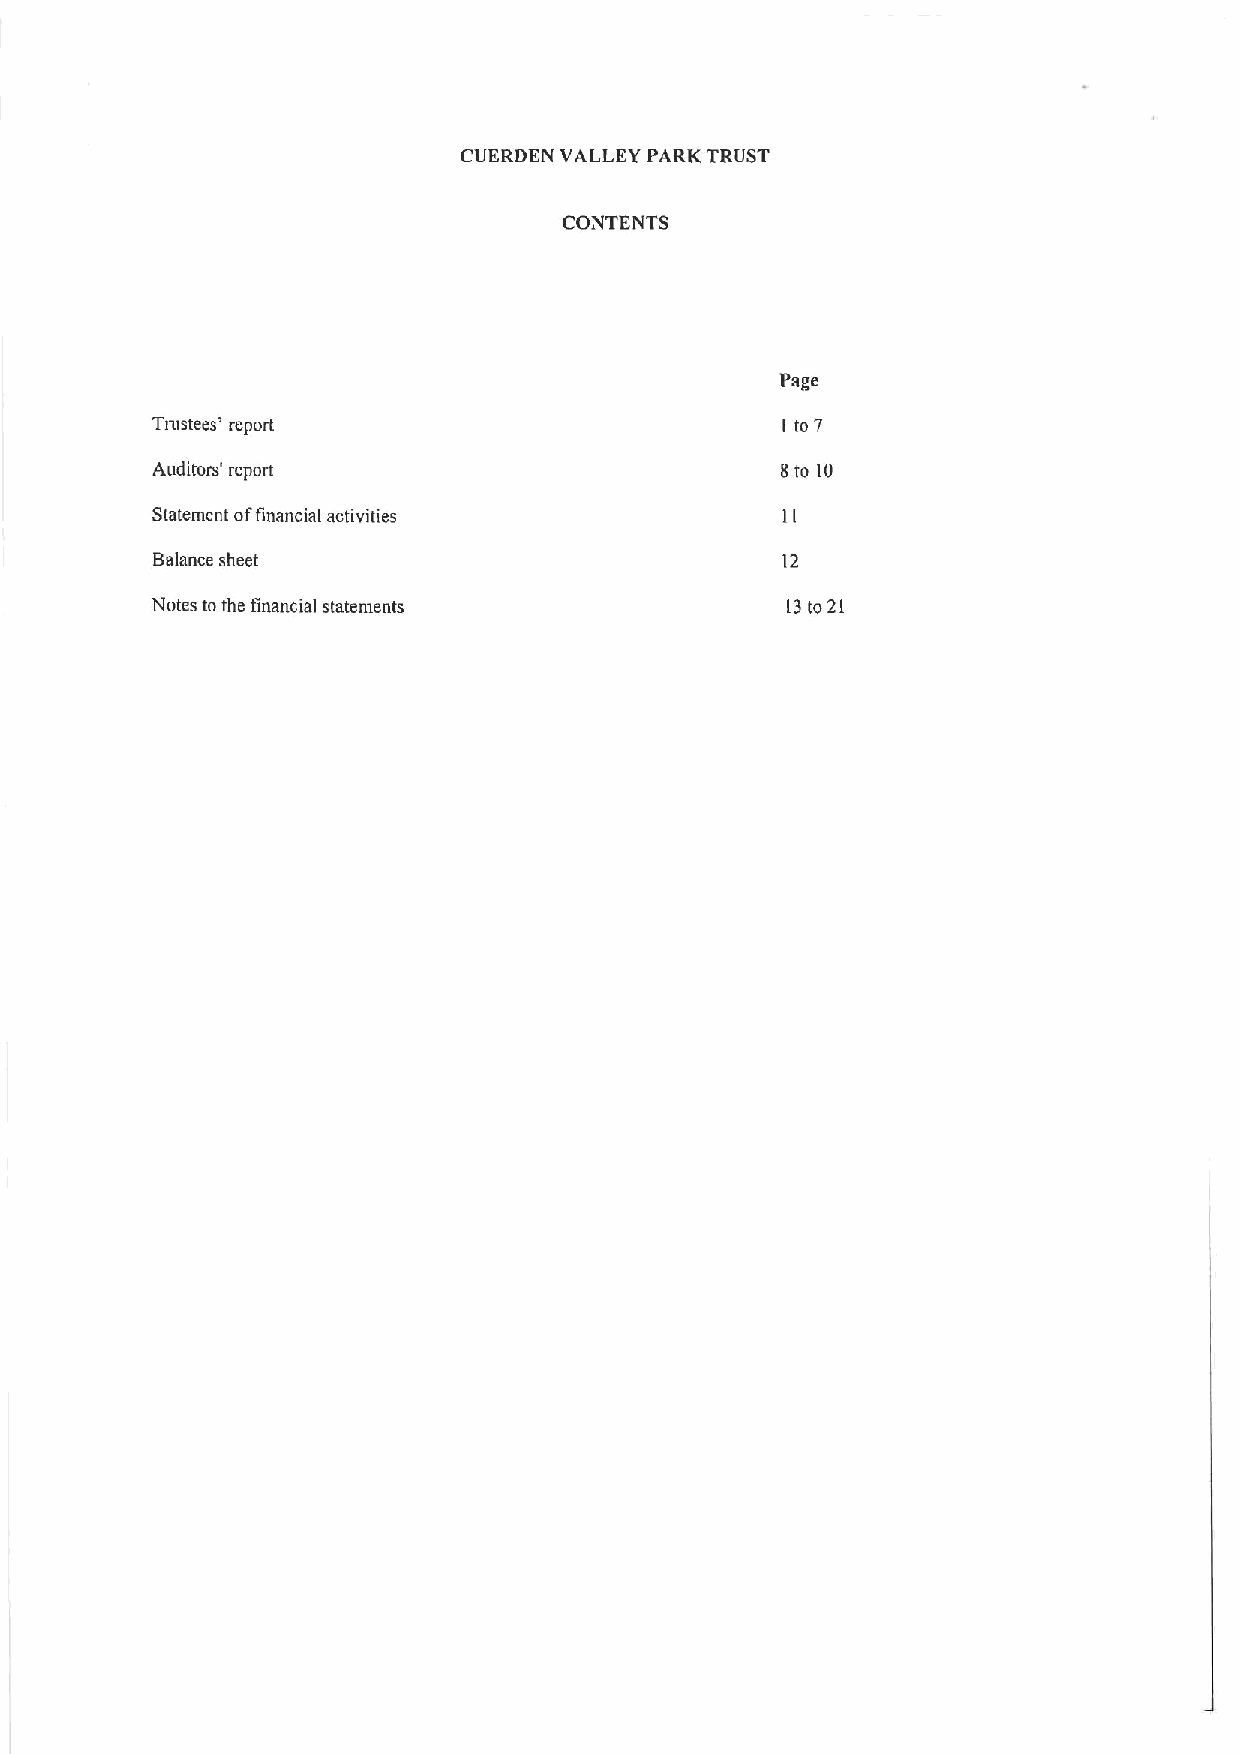
CUERDEN VALLEY PARK TRUST
 CONTENTS
 Page
 Tnistees' report                          ( to 7
 Auditors' report                          8to 10
 Statement offinancial activities
 Balance sheet                             12
 Notes tothe financial statements          13to21